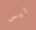
ليس